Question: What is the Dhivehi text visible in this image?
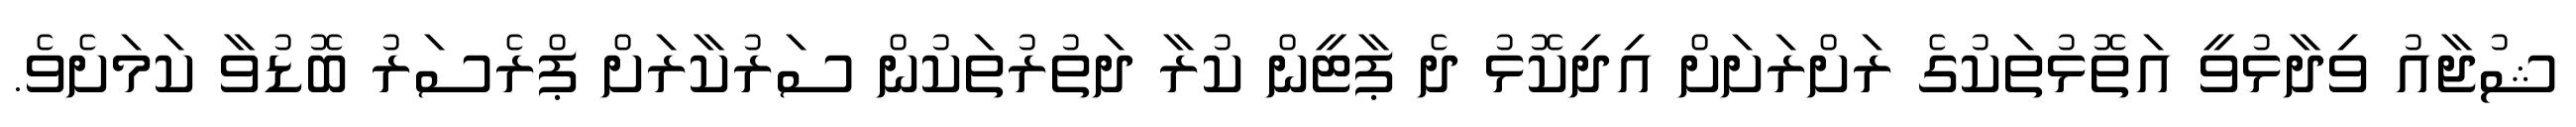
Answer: ޝުޖާއު ވިދާޅުވީ އަތޮޅުތަކުގެ ރަށްރަށަށް އިދިކޮޅު ދެ ޕާޓީން ކުރާ ދަތުރުތަކުން ސަރުކާރަށް ޕްރެސަރު ބޮޑުވާ ކަމަށެވެ.